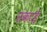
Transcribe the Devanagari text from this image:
संकटहै